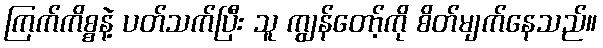
ကြက်ကိစ္စနဲ့ ပတ်သက်ပြီး သူ ကျွန်တော့်ကို စိတ်မျက်နေသည်။